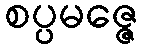
စပ္ပမဇ္ဇေ